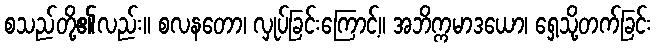
စသည်တို့၏လည်း။ စလနတော၊ လှုပ်ခြင်းကြောင့်။ အဘိက္ကမာဒယော၊ ရှေ့သို့တက်ခြင်း